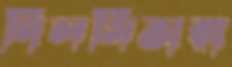
দিলসিতারা